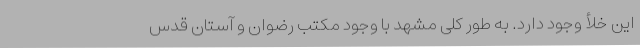
این خلأ وجود دارد. به طور کلی مشهد با وجود مکتب رضوان و آستان قدس